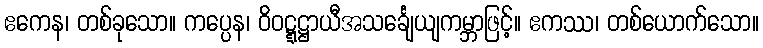
ဧကေန၊ တစ်ခုသော။ ကပ္ပေန၊ ဝိဝဋ္ဋဋ္ဌာယီအသင်္ချေယျကမ္ဘာဖြင့်။ ဧကဿ၊ တစ်ယောက်သော။